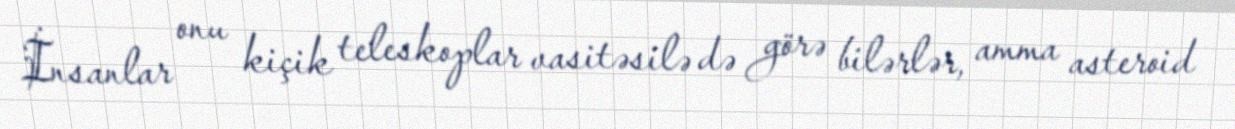
İnsanlar onu kiçik teleskoplar vasitəsilə də görə bilərlər, amma asteroid